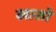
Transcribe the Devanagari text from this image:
खासो